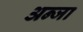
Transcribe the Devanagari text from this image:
अन्जा